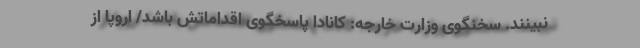
نبینند. سخنگوی وزارت خارجه: کانادا پاسخگوی اقداماتش باشد/ اروپا از